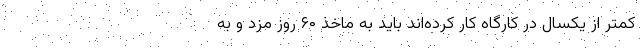
کمتر از یکسال در کارگاه کار کرده‌اند باید به ماخذ ۶۰ روز مزد و به